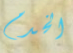
الخدم